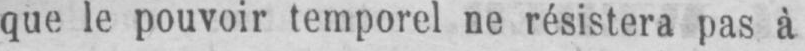
que le pouvoir temporel ne résistera pas à